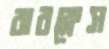
বারক্লেস